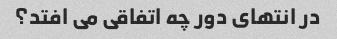
در انتهای دور چه اتفاقی می افتد؟